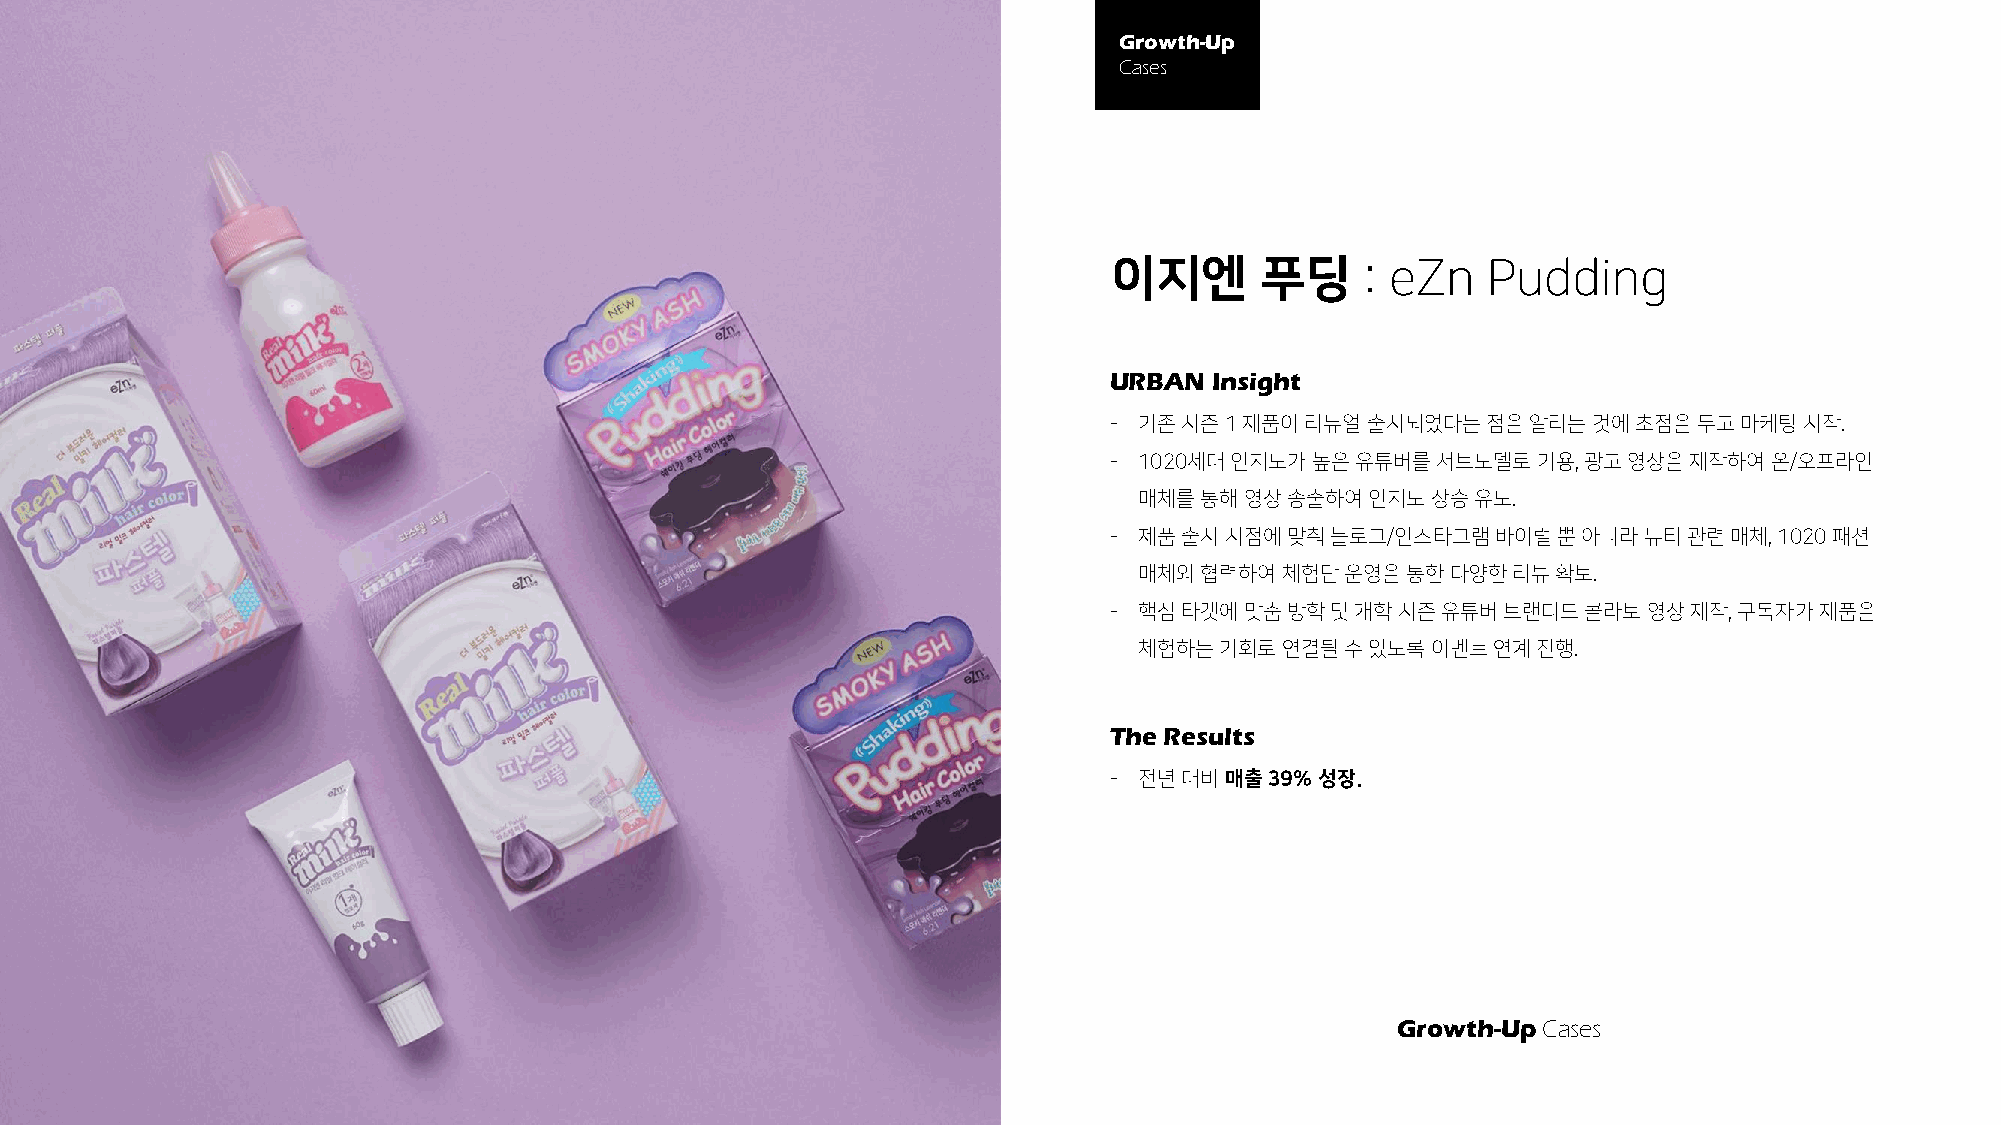
Growth-Up
 Cases
 이지엔      푸딩     : eZn   Pudding
 URBAN  Insight
 - 기존시즌1  제품이리뉴얼출시되었다는점을알리는것에초점을두고마케팅시작.
 - 1020세대인지도가높은유튜버를서브모델로기용,      광고영상을제작하여온/오프라인
 매체를통해영상송출하여인지도상승유도.
 - 제품출시시점에맞춰블로그/인스타그램바이럴뿐아니라뷰티관련매체,           1020 패션
 매체와협력하여체험단운영을통한다양한리뷰확보.
 - 핵심타겟에맞춤방학및개학시즌유튜버브랜디드콜라보영상제작,           구독자가제품을
 체험하는기회로연결될수있도록이벤트연계진행.
 The Results
 - 전년대비매출39%   성장.
 Growth-UpCases